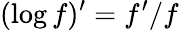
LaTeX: (\log f)^{\prime}=f^{\prime}/f